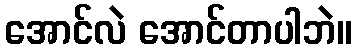
အောင်လဲ အောင်တာပါဘဲ။